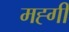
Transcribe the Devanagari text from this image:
मह्गी